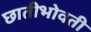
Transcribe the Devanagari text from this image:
छातीभोवती